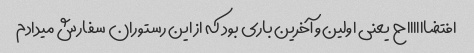
افتضااااااح یعنی اولین و آخرین باری بود که از این رستوران سفارش میدادم